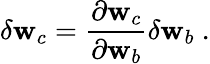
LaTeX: \delta\mathbf{w}_{c}=\frac{{\partial\mathbf{w}_{c}}}{{\partial\mathbf{w}_{b}}}\delta\mathbf{w}_{b}\ .